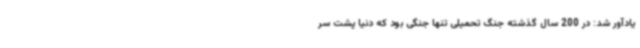
یادآور شد: در 200 سال گذشته جنگ تحمیلی تنها جنگی بود که دنیا پشت سر